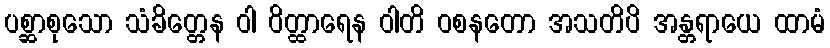
ပစ္ဆာစုသော သံခိတ္တေန ဝါ ဝိတ္ထာရေန ဝါတိ ဝစနတော အသတိပိ အန္တရာယေ ထာမံ